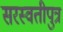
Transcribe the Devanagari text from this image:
सरस्वतीपुत्र